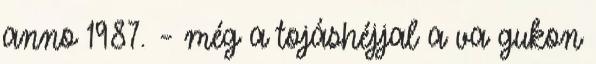
anno 1987. – még a tojáshéjjal a va gukon